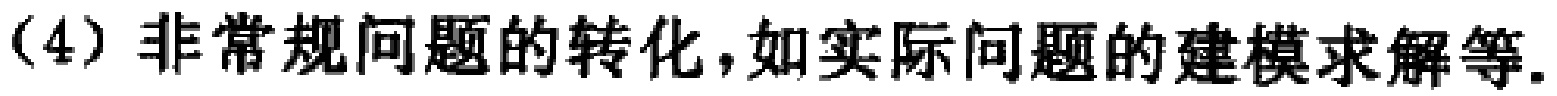
（4）非常规问题的转化，如实际问题的建模求解等.